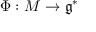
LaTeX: \Phi : M \to { \mathfrak { g } } ^ { * }